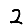
Digit: 2